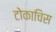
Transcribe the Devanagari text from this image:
टोकाचिस